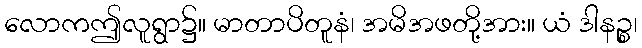
လောကဤလူရွာ၌။ မာတာပိတူနံ၊ အမိအဖတို့အား။ ယံ ဒါနဉ္စ၊